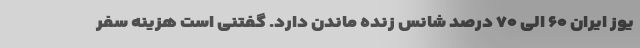
یوز ایران ۶۰ الی ۷۰ درصد شانس زنده ماندن دارد. گفتنی است هزینه سفر